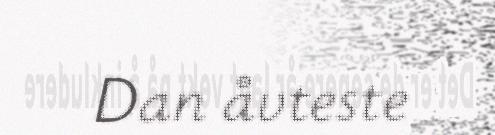
Dan åvteste